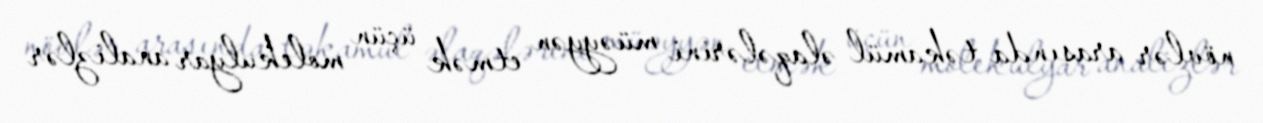
növlər arasında təkamül əlaqələrini müəyyən etmək üçün molekulyar analizlər